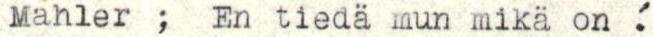
Mahler ;  En tiedä mun mikä on  !